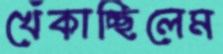
খেঁকাচ্ছিলেম